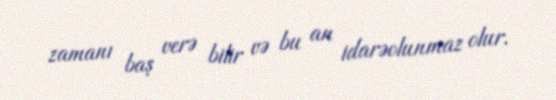
zamanı baş verə bilir və bu an idarəolunmaz olur.